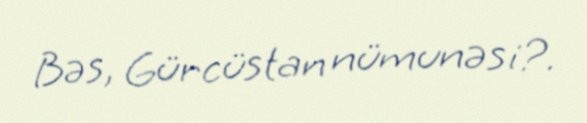
Bəs, Gürcüstan nümunəsi?.